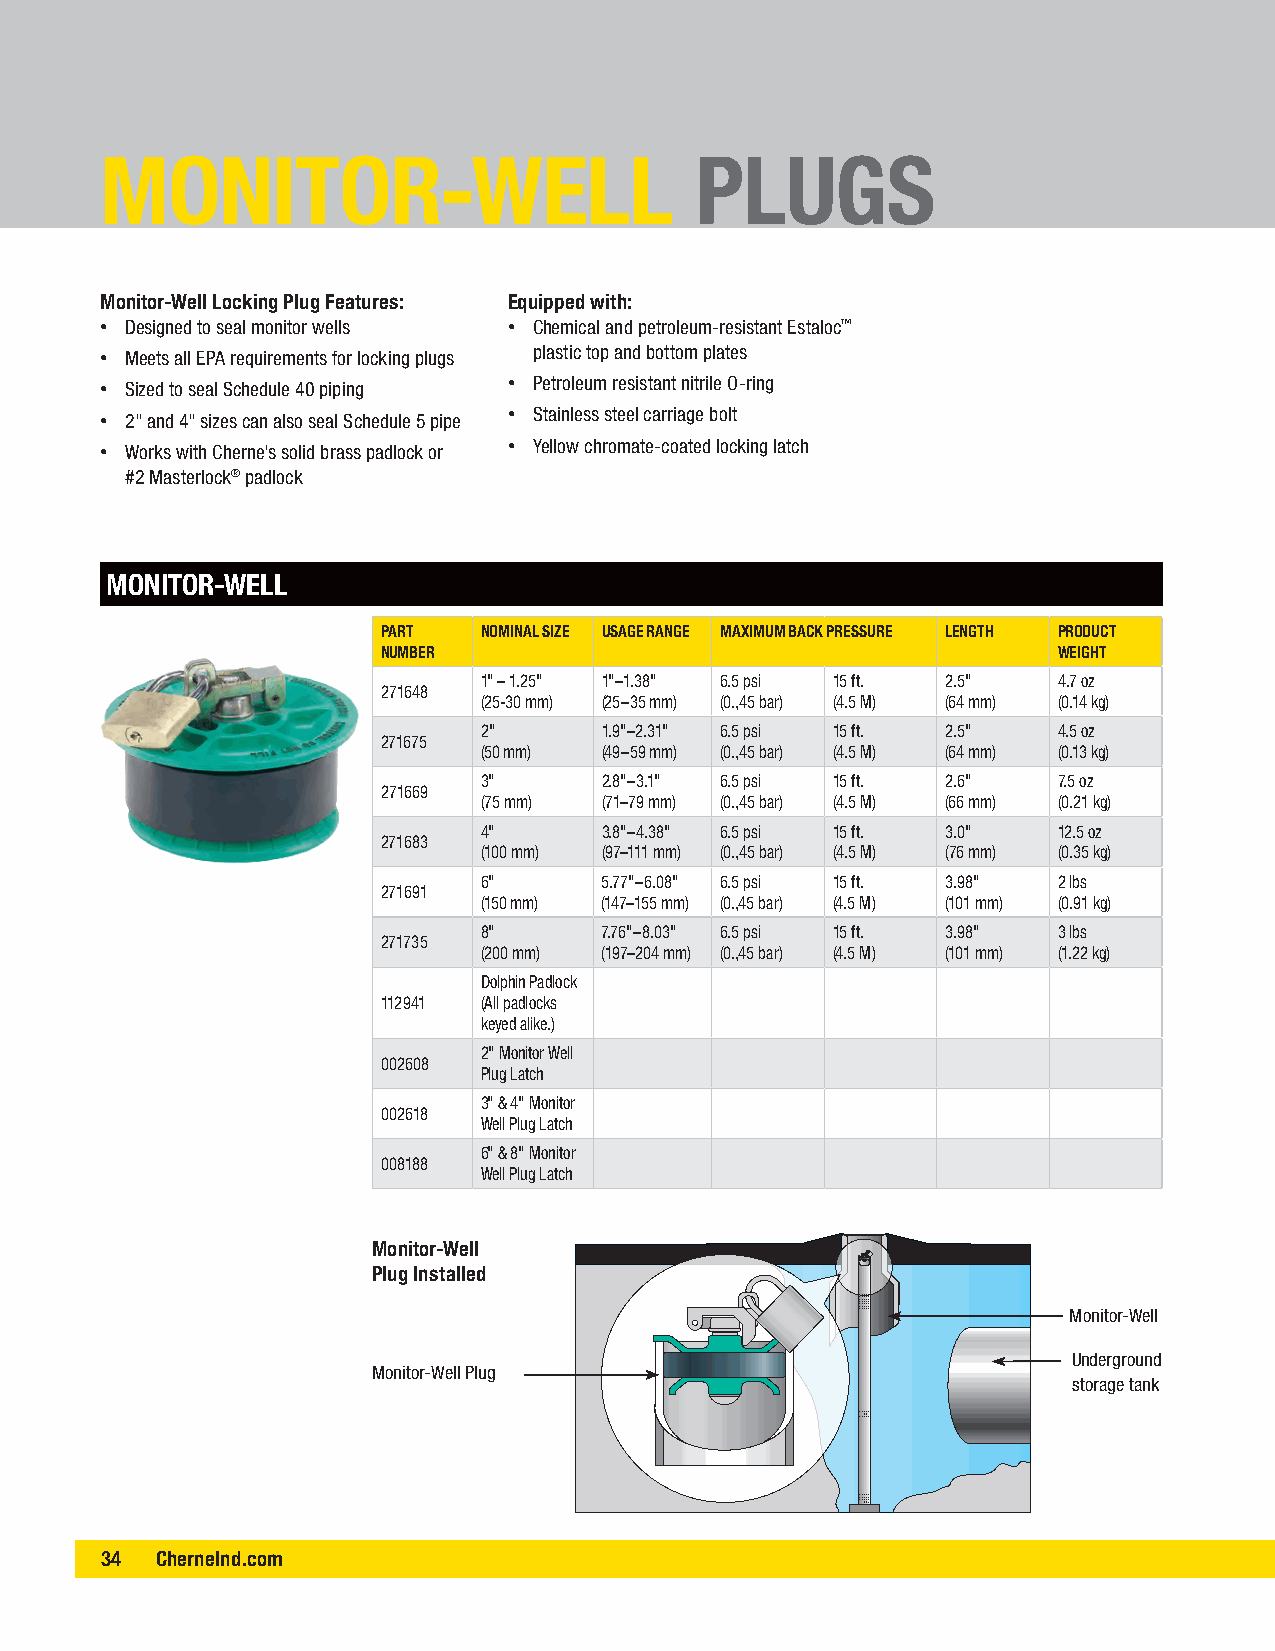
MONITOR-WELL                           PLUGS
 Monitor-Well Locking Plug Features: Equipped with:
 • Designed to seal monitor wells • Chemical and petroleum-resistant Estaloc™
 plastic top and bottom plates
 • Meets all EPA requirements for locking plugs
 • Sized to seal Schedule 40 piping • Petroleum resistant nitrile O-ring
 • 2" and 4" sizes can also seal Schedule 5 pipe • Stainless steel carriage bolt
 • Works with Cherne's solid brass padlock or • Yellow chromate-coated locking latch
 #2 Masterlock® padlock
 MONITOR-WELL
 PART   NOMINAL SIZE USAGE RANGE MAXIMUM BACK PRESSURE LENGTH PRODUCT
 NUMBER                                       WEIGHT
 1" – 1.25" 1"–1.38" 6.5 psi 15 ft. 2.5" 4.7 oz
 271648
 (25-30 mm) (25–35 mm) (0.,45 bar) (4.5 M) (64 mm) (0.14 kg)
 2"      1.9"–2.31" 6.5 psi 15 ft. 2.5" 4.5 oz
 271675
 (50 mm) (49–59 mm) (0.,45 bar) (4.5 M) (64 mm) (0.13 kg)
 3"      2.8"–3.1" 6.5 psi 15 ft. 2.6" 7.5 oz
 271669
 (75 mm) (71–79 mm) (0.,45 bar) (4.5 M) (66 mm) (0.21 kg)
 4"      3.8"–4.38" 6.5 psi 15 ft. 3.0" 12.5 oz
 271683
 (100 mm) (97–111 mm) (0.,45 bar) (4.5 M) (76 mm) (0.35 kg)
 6"      5.77"–6.08" 6.5 psi 15 ft. 3.98" 2 lbs
 271691
 (150 mm) (147–155 mm) (0.,45 bar) (4.5 M) (101 mm) (0.91 kg)
 8"      7.76"–8.03" 6.5 psi 15 ft. 3.98" 3 lbs
 271735
 (200 mm) (197–204 mm) (0.,45 bar) (4.5 M) (101 mm) (1.22 kg)
 Dolphin Padlock
 112941 (All padlocks
 keyed alike.)
 2" Monitor Well
 002608
 Plug Latch
 3" & 4" Monitor
 002618
 Well Plug Latch
 6" & 8" Monitor
 008188
 Well Plug Latch
 Monitor-Well
 Plug Installed
 Monitor-Well
 Underground
 Monitor-Well Plug
 storage tank
 34 CherneInd.c om